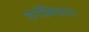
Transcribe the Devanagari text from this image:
हरक्रिशन